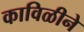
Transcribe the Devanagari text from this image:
काविळीने